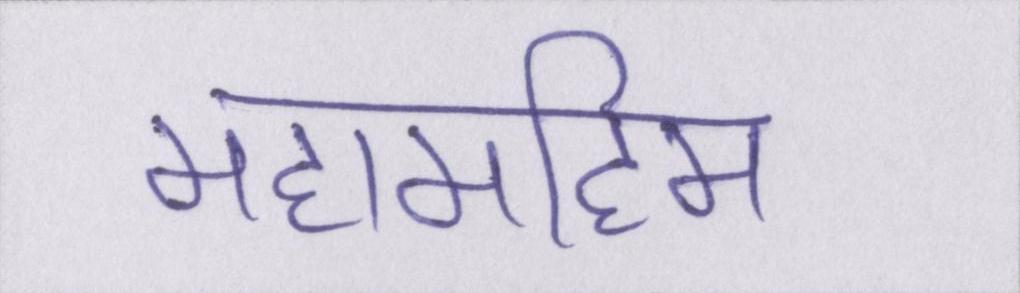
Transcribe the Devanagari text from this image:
महामहिम